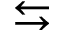
\leftrightarrows